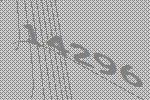
14296